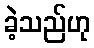
ခဲ့သည်ဟု